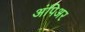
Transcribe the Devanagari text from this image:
अंपिअर